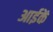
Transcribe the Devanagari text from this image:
आईकें